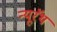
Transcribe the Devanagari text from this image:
न्यूरॅथ